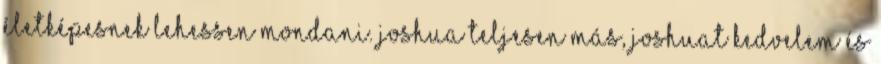
életképesnek lehessen mondani. Joshua teljesen más, Joshuat kedvelem és